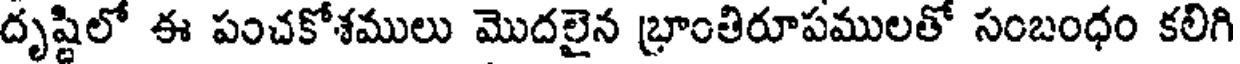
దృష్టిలో ఈ పంచకోశములు మొదలైన భ్రాంతిరూపములతో సంబంధం కలిగి